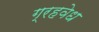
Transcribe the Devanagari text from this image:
ग्रहवेध